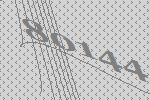
80144